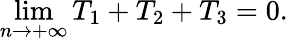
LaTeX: \operatorname*{lim}_{n\rightarrow+\infty}T_{1}+T_{2}+T_{3}=0.